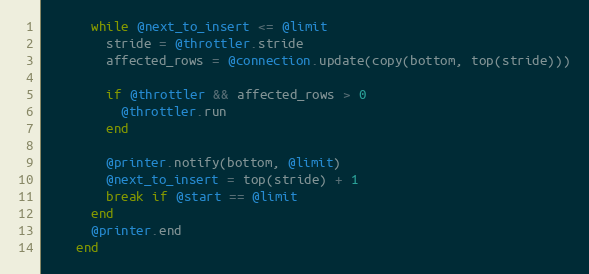
Language: Ruby
      while @next_to_insert <= @limit
        stride = @throttler.stride
        affected_rows = @connection.update(copy(bottom, top(stride)))

        if @throttler && affected_rows > 0
          @throttler.run
        end

        @printer.notify(bottom, @limit)
        @next_to_insert = top(stride) + 1
        break if @start == @limit
      end
      @printer.end
    end